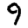
Digit: 9